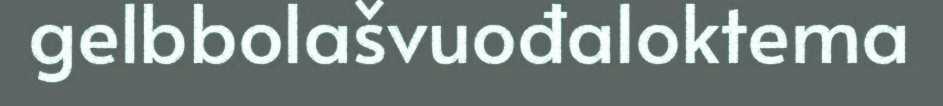
gelbbolašvuođaloktema